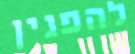
להפגין